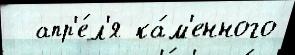
  апр'е́л'я ка́м'енного